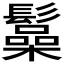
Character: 𩯟